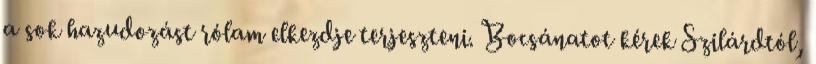
a sok hazudozást rólam elkezdje terjeszteni. Bocsánatot kérek Szilárdtól,